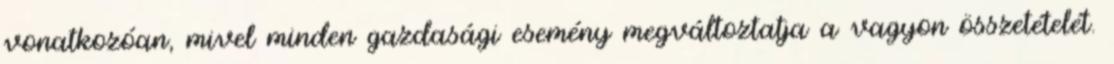
vonatkozóan, mivel minden gazdasági esemény megváltoztatja a vagyon összetételét.